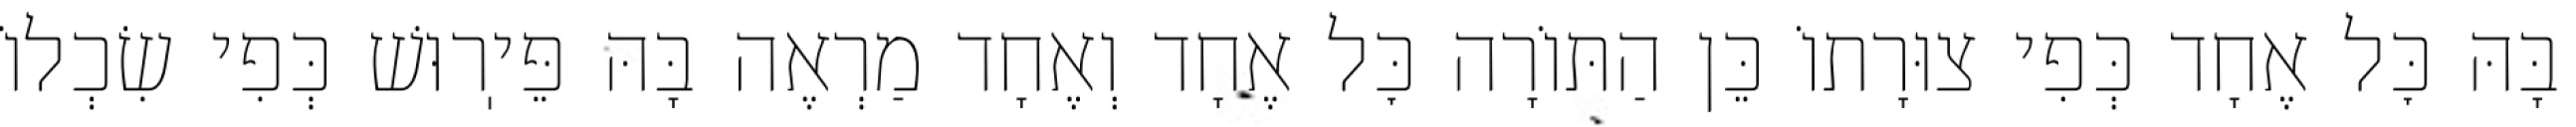
בָּהּ כׇּל אֶחָד כְּפִי צוּרָתוֹ כֵּן הַתּוֹרָה כׇּל אֶחָד וְאֶחָד מַרְאֶה בָּהּ פֵּיֽרוּשׁ כְּפִי שִׂכְלוֹ